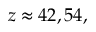
z \approx 4 2 , 5 4 ,